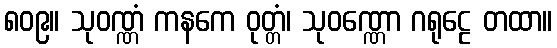
၈၀၉။ သုဝဏ္ဏံ ကနကေ ဝုတ္တံ၊ သုဝဏ္ဏော ဂရုဠေ တထာ။